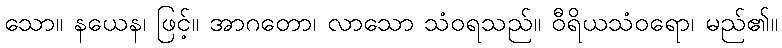
သော။ နယေန၊ ဖြင့်။ အာဂတော၊ လာသော သံဝရသည်။ ဝီရိယသံဝရော၊ မည်၏။